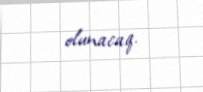
olunacaq.